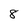
Character: 8